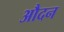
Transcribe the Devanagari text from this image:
औदन